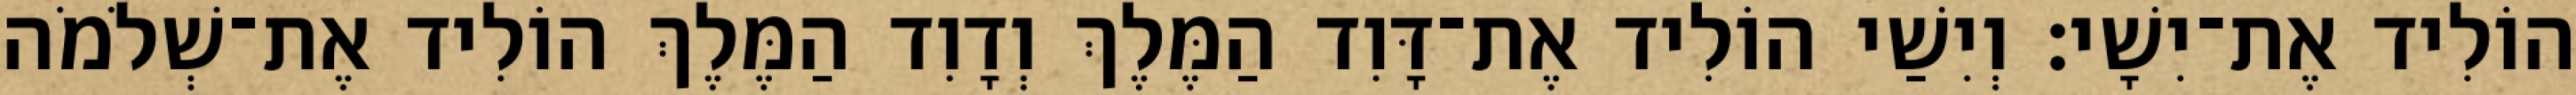
הוֹלִיד אֶת־יִשָׁי׃ וְיִשַׁי הוֹלִיד אֶת־דָּוִד הַמֶּלֶךְ וְדָוִד הַמֶּלֶךְ הוֹלִיד אֶת־שְׁלֹמֹה